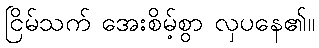
ငြိမ်သက် အေးစိမ့်စွာ လှပနေ၏။